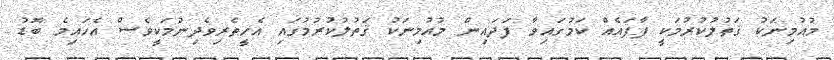
މުއުމިނަކު ޤަތުލުކުރުމަކީ ފާފައެއް ކަމުގައިވާ ފަދައިން މުއުމިނަކު ޤަތުލުކުރުމުގައި އެހީތެރިވެދިނުމަކީވެސް އެހައިމެ ބޮޑު